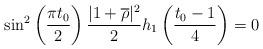
LaTeX: \begin{align*}\sin^2\left(\frac{\pi t_0}{2}\right)\frac{|1+ \overline{\rho}|^2}{2}h_1\left(\frac{t_0-1}{4}\right)=0\end{align*}